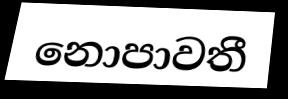
නොපාවතී